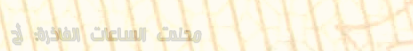
محلات الساعات الفاخرة: أح